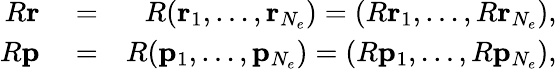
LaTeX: \begin{array}{rlr}{R{\mathbf{r}}}&{{}=}&{R({\mathbf{r}}_{1},\ldots,{\mathbf{r}}_{N_{e}})=(R{\mathbf{r}}_{1},\ldots,R{\mathbf{r}}_{N_{e}}),}\\ {R{\mathbf{p}}}&{{}=}&{R({\mathbf{p}}_{1},\ldots,{\mathbf{p}}_{N_{e}})=(R{\mathbf{p}}_{1},\ldots,R{\mathbf{p}}_{N_{e}}),}\end{array}